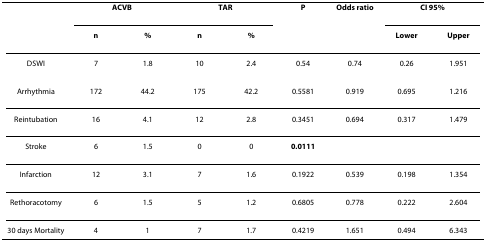
<table><thead><tr><td></td><td colspan="2"><b>ACVB</b></td><td colspan="2"><b>TAR</b></td><td><b>P</b></td><td><b>Odds ratio</b></td><td colspan="2"><b>CI 95%</b></td></tr><tr><td></td><td><b>n</b></td><td><b>%</b></td><td><b>n</b></td><td><b>%</b></td><td></td><td></td><td><b>Lower</b></td><td><b>Upper</b></td></tr></thead><tbody><tr><td>DSWI</td><td>7</td><td>1.8</td><td>10</td><td>2.4</td><td>0.54</td><td>0.74</td><td>0.26</td><td>1.951</td></tr><tr><td>Arrhythmia</td><td>172</td><td>44.2</td><td>175</td><td>42.2</td><td>0.5581</td><td>0.919</td><td>0.695</td><td>1.216</td></tr><tr><td>Reintubation</td><td>16</td><td>4.1</td><td>12</td><td>2.8</td><td>0.3451</td><td>0.694</td><td>0.317</td><td>1.479</td></tr><tr><td>Stroke</td><td>6</td><td>1.5</td><td>0</td><td>0</td><td><b>0.0111</b></td><td></td><td></td><td></td></tr><tr><td>Infarction</td><td>12</td><td>3.1</td><td>7</td><td>1.6</td><td>0.1922</td><td>0.539</td><td>0.198</td><td>1.354</td></tr><tr><td>Rethoracotomy</td><td>6</td><td>1.5</td><td>5</td><td>1.2</td><td>0.6805</td><td>0.778</td><td>0.222</td><td>2.604</td></tr><tr><td>30 days Mortality</td><td>4</td><td>1</td><td>7</td><td>1.7</td><td>0.4219</td><td>1.651</td><td>0.494</td><td>6.343</td></tr></tbody></table>